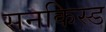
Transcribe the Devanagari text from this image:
सनकिस्ड